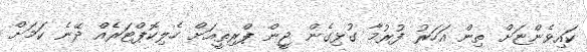
ކައިވެންޏަށް ތިން އަހަރު ފުރުމާ ގުޅިގެން ޖީން ޕްރިތީއަށް ހެލިކޮޕްޓަރެއް ދޭނެ ކަމަށް